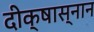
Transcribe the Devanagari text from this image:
दीक्षास्नान